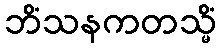
ဘိံသနကတသ္မိံ